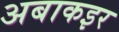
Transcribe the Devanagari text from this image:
अबाकइर